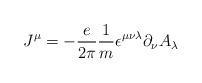
LaTeX: \begin{align*}J^{\mu}=-{e \over {2\pi}}{1\over m}\epsilon^{\mu\nu\lambda}\partial_{\nu}A_\lambda\end{align*}